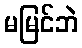
မမြင်ဘဲ